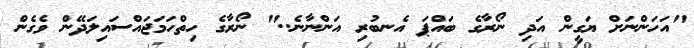
"އަހަންނަށް ޔަގީން އަދި ނޯރާގެ ބައްޕަ އެނބުރި އަންނާނެ.." ނޯރާގެ ހިތްހަމަޖައްސައިލަދޭން ވެގެން